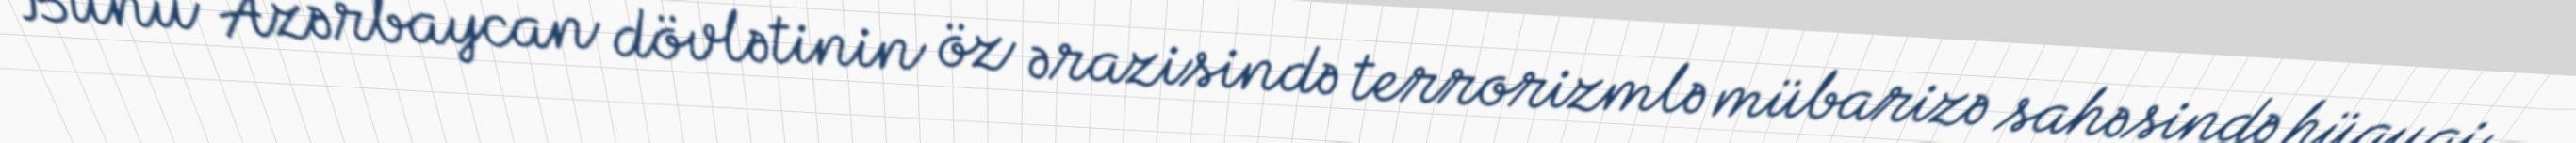
Bunu Azərbaycan dövlətinin öz ərazisində terrorizmlə mübarizə sahəsində hüquqi